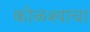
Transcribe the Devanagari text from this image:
कोळश्याचा